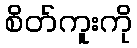
စိတ်ကူးကို